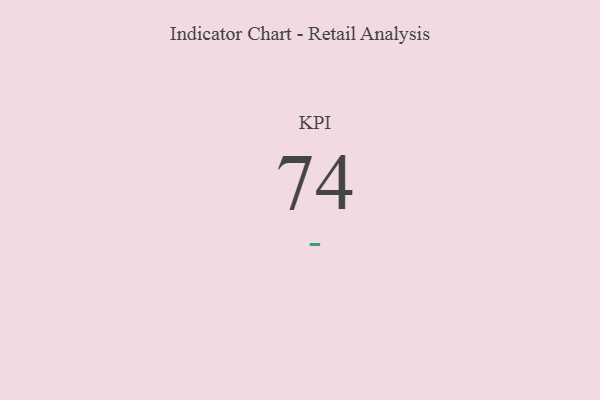
{"axis": {"x": "KPI", "y": "Value"}, "legend": [""], "data": [{"x": "KPI", "y": 74, "type": ""}]}